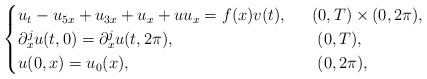
\begin{align*}\begin{cases}u_t-u_{5x}+u_{3x}+u_x+uu_x=f(x)v(t), & \ \ (0,T)\times (0,2\pi),\\\partial_x^{j}u(t,0)=\partial_x^{j} u (t,2\pi), & \ \ \ (0,T),\\u(0,x)=u_0(x),&\ \ \ (0,2\pi),\end{cases}\end{align*}